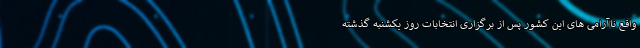
واقع ناآرامی های این کشور پس از برگزاری انتخابات روز یکشنبه گذشته